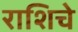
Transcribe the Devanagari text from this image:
राशिचे